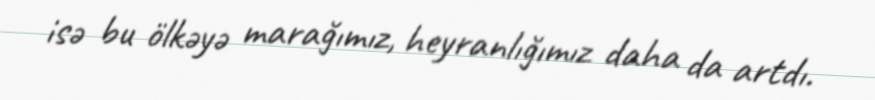
isə bu ölkəyə marağımız, heyranlığımız daha da artdı.